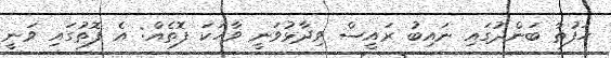
ހަފުތާ ބަންދުގައި ނައިބު ރައީސް ވިދާޅުވަނީ ވާހަކަ ފޮތެއް: އެ ފޮތުގައި ވަނީ